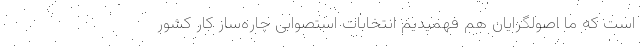
است که ما اصولگرایان هم فهمیدیم انتخابات استصوابی چاره‌ساز کار کشور